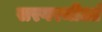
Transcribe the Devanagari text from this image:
सरगरमीआं